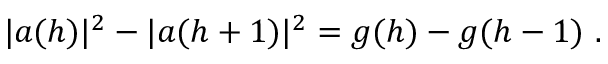
\vert a ( h ) \vert ^ { 2 } - \vert a ( h + 1 ) \vert ^ { 2 } = g ( h ) - g ( h - 1 ) ~ .